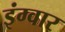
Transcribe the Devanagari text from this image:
इंग्वार